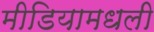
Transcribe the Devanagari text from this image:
मीडियामधली